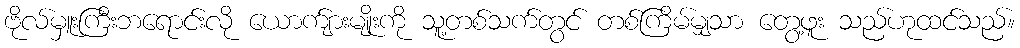
ဗိုလ်မှူးကြီးဘရောင်းလို ယောက်ျားမျိုးကို သူ့တစ်သက်တွင် တစ်ကြိမ်မျှသာ တွေ့ဖူး သည်ဟုထင်သည်။